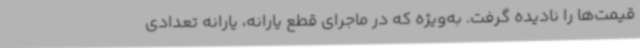
قیمت‌ها را نادیده گرفت. به‌ویژه که در ماجرای قطع یارانه، یارانه تعدادی